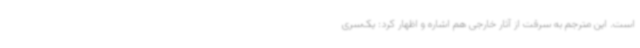
است. این مترجم به سرقت از آثار خارجی هم اشاره و اظهار کرد: یک‌سری